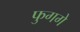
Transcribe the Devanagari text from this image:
फुगगे